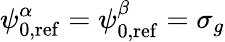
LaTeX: \psi_{0,\mathrm{ref}}^{\alpha}=\psi_{0,\mathrm{ref}}^{\beta}=\sigma_{g}